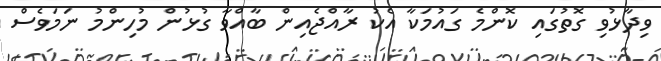
ވިދާޅުވި ގޮތުގައި ކޮންމެ ގައުމަކާ އެކު ރާއްޖެއިން ބާއްވާ ގުޅުން މުހިންމު ނަމަވެސް